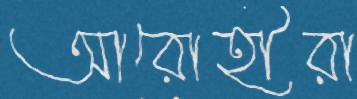
আরোহীরা